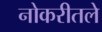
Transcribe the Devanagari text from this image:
नोकरीतले